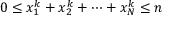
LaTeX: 0 \leq x _ { 1 } ^ { k } + x _ { 2 } ^ { k } + \cdots + x _ { N } ^ { k } \leq n